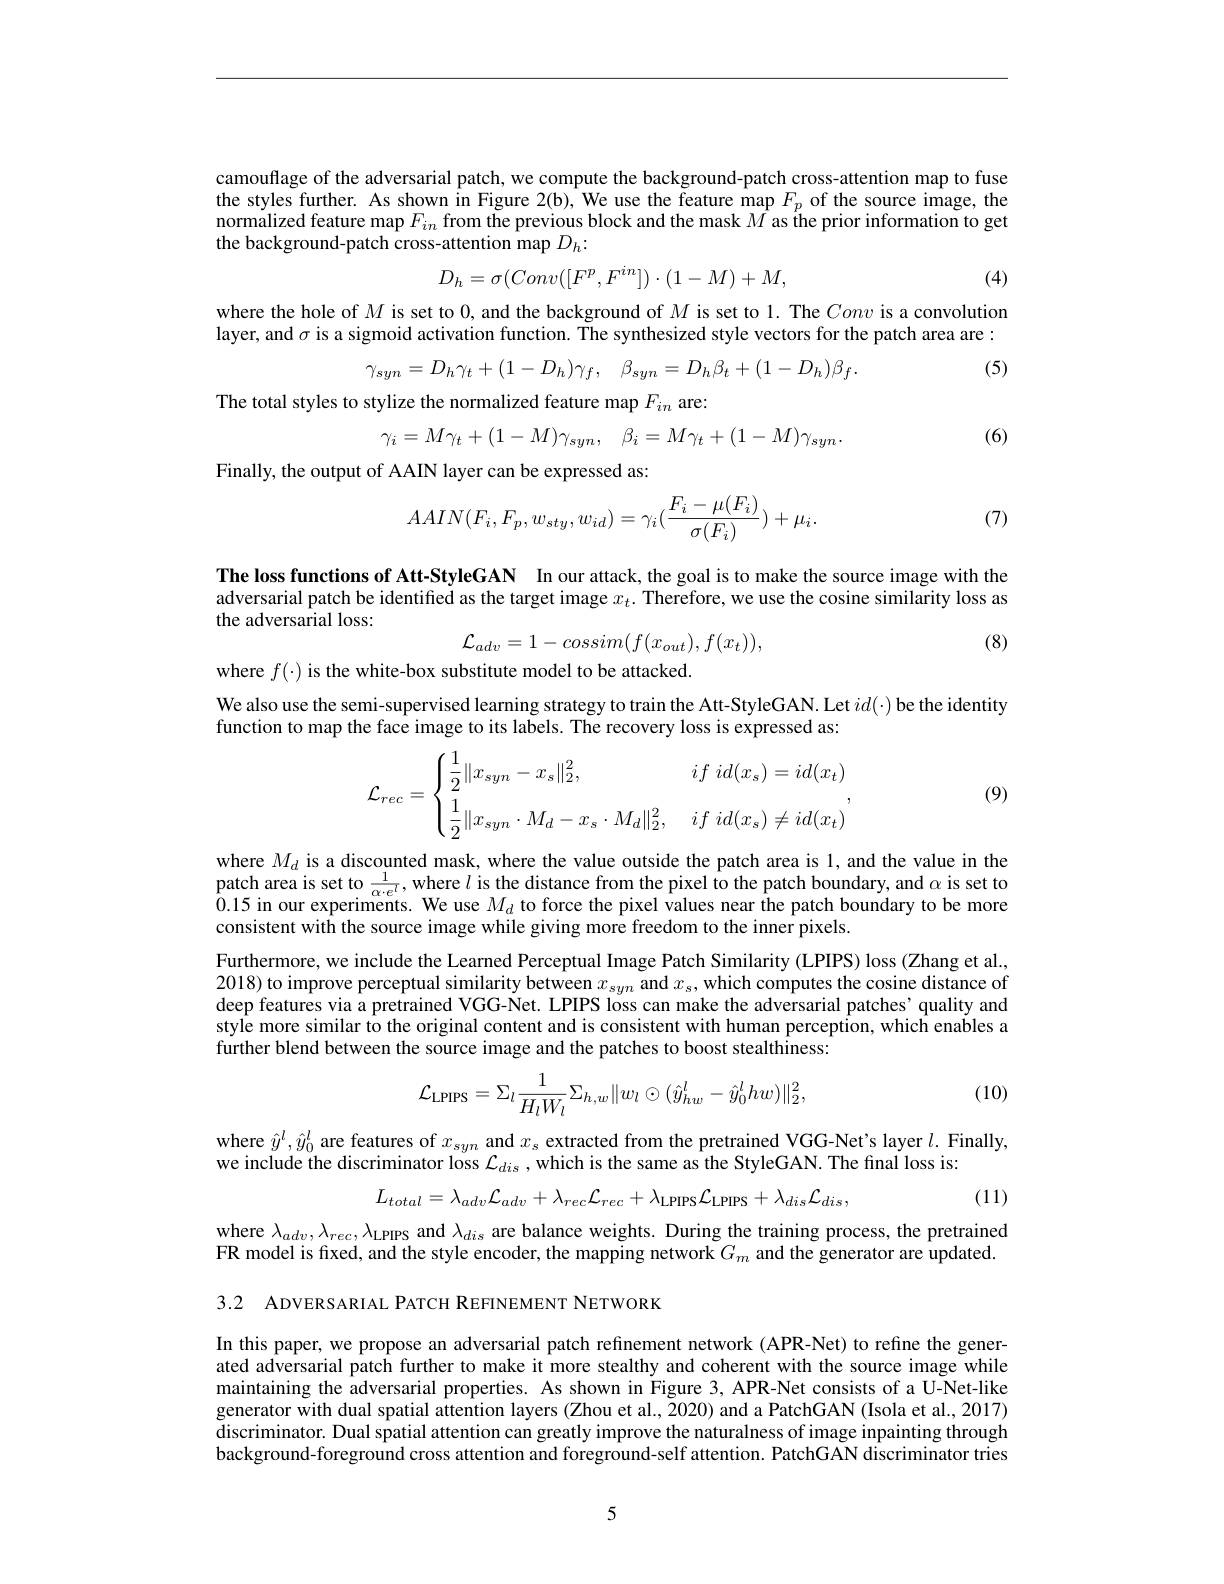
camouflage of the adversarial patch, we compute the background-patch cross-attention map to fuse the styles further. As shown in Figure 2(b), We use the feature map $F_p$ of the source image, the $\tilde{\text{normalized feature map }F_{in}}$ from the previous block and the mask $M$ as the prior information to get the background-patch cross-attention map $D_{h}:$
$$D_h=\sigma(Conv([F^p,F^{in}])\cdot(1-M)+M,$$
(4)

where the hole of $M$ is set to 0, and the background of $M$ is set to 1. The Conv is a convolution layer, and $\sigma$ is a sigmoid activation function. The synthesized style vectors for the patch area are :
$$\gamma_{syn}=D_{h}\gamma_{t}+(1-D_{h})\gamma_{f},\quad\beta_{syn}=D_{h}\beta_{t}+(1-D_{h})\beta_{f}.$$
(5)
The total styles to stylize the normalized feature map $F_{in}$ are:
$$\gamma_i=M\gamma_t+(1-M)\gamma_{syn},\quad\beta_i=M\gamma_t+(1-M)\gamma_{syn}.$$
(6)

Finally, the output of AAIN layer can be expressed as:
$$AAIN(F_i,F_p,w_{sty},w_{id})=\gamma_i(\frac{F_i-\mu(F_i)}{\sigma(F_i)})+\mu_i.$$
(7)

The loss functions of Att-StyleGAN In our attack, the goal is to make the source image with the adversarial patch be identified as the target image $x_t.$ Therefore, we use the cosine similarity loss as the adversarial loss:
$$\mathcal{L}_{adv}=1-cossim(f(x_{out}),f(x_{t})),$$
(8)

where $f(\cdot)$ is the white-box substitute model to be attacked.
We also use the semi-supervised learning strategy to train the Att-StyleGAN. Let $id(\cdot)$ be the identity
function to map the face image to its labels. The recovery loss is expressed as:
$$\mathcal{L}_{rec}=\begin{cases}\dfrac{1}{2}\|x_{syn}-x_s\|_2^2,&if\:id(x_s)=id(x_t)\\[2ex]\dfrac{1}{2}\|x_{syn}\cdot M_d-x_s\cdot M_d\|_2^2,&if\:id(x_s)\neq id(x_t)\end{cases},$$
(9)

where $M_d$ is a discounted mask, where the value outside the patch area is 1, and the value in the patch area is set to $\frac1{\alpha\cdot e^l}$,where $l$ is the distance from the pixel to the patch boundary, and $\alpha$ is set to 0.15 in our experiments. We use $M_d$ to force the pixel values near the patch boundary to be more consistent with the source image while giving more freedom to the inner pixels.
Furthermore, we include the Learned Perceptual Image Patch Similarity (LPIPS) loss (Zhang et al., 2018) to improve perceptual similarity between $x_syn$ and $x_s$, which computes the cosine distance of deep features via a pretrained VGG-Net. LPIPS loss can make the adversarial patches' quality and style more similar to the original content and is consistent with human perception, which enables a further blend between the source image and the patches to boost stealthiness:

(10)
$$\mathcal{L}_{\mathrm{LPIPS}}=\Sigma_{l}\frac{1}{H_{l}W_{l}}\Sigma_{h,w}\|w_{l}\odot(\hat{y}_{hw}^{l}-\hat{y}_{0}^{l}hw)\|_{2}^{2},$$
where $\hat{y}^l,\hat{y}_0^l$ are features of $x_syn$ and $x_s$ extracted from the pretrained VGG-Net's layer $l.$ Finally,
we include the discriminator loss $\mathcal{L}_dis$, which is the same as the StyleGAN. The fnal loss is:
$$L_{total}=\lambda_{adv}\mathcal{L}_{adv}+\lambda_{rec}\mathcal{L}_{rec}+\lambda_{\mathrm{LPIPS}}\mathcal{L}_{\mathrm{LPIPS}}+\lambda_{dis}\mathcal{L}_{dis},$$
(11)

where $\lambda_adv,\lambda_{rec},\lambda_{\mathrm{LPIPS}}$ and $\lambda_dis$ are balance weights. During the training process, the pretrained FR model is fixed, and the style encoder, the mapping network $G_m$ and the generator are updated. 3.2 ADVERSARIAL PATCH REFINEMENT NETWORK

In this paper, we propose an adversarial patch refinement network (APR-Net) to refine the generated adversarial patch further to make it more stealthy and coherent with the source image while maintaining the adversarial properties. As shown in Figure 3, APR-Net consists of a U-Net-like generator with dual spatial attention layers (Zhou et al., 2020) and a PatchGAN (Isola et al., 2017) discriminator. Dual spatial attention can greatly improve the naturalness of image inpainting through background-foreground cross attention and foreground-self attention. PatchGAN discriminator tries

5